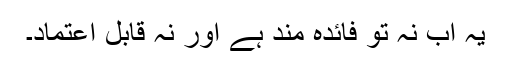
یہ اب نہ تو فائدہ مند ہے اور نہ قابل اعتماد۔